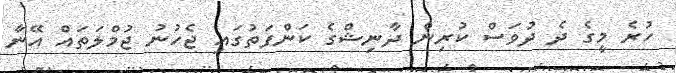
ހުރެ މީގެ ދެ ދުވަސް ކުރިން ދާނިޝްގެ ކަންފަތުގައި ޖެހުނު ޖުމްލަތައް އޭނާ